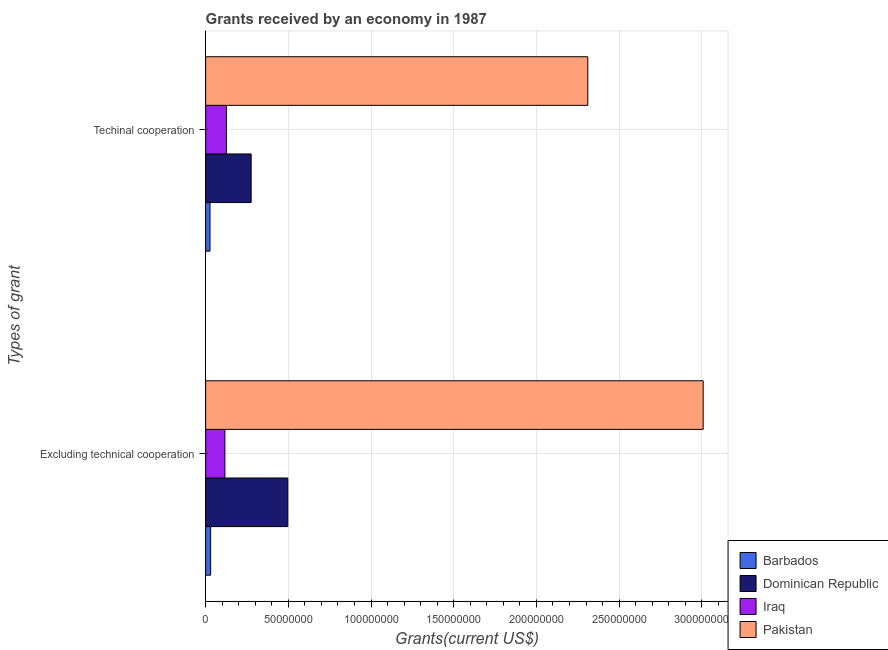
| Types of grant | Barbados | Dominican Republic | Iraq | Pakistan |
 | --- | --- | --- | --- | --- |
 | Excluding technical cooperation | 3.03e+06 | 4.97e+07 | 1.16e+07 | 3.01e+08 |
 | Techinal cooperation | 2.63e+06 | 2.75e+07 | 1.26e+07 | 2.31e+08 |